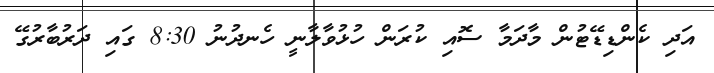
އަދި ކެންޑިޑޭޓުން މާދަމާ ސޮއި ކުރަން ހުޅުވާލާނީ ހެނދުނު 8:30 ގައި ދަރުބާރުގޭ